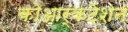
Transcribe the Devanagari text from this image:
कोआर्कटेशन